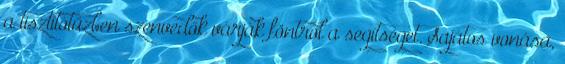
a tisztítótűzben szenvedők várják föntről a segítséget. Sajátos vonása,